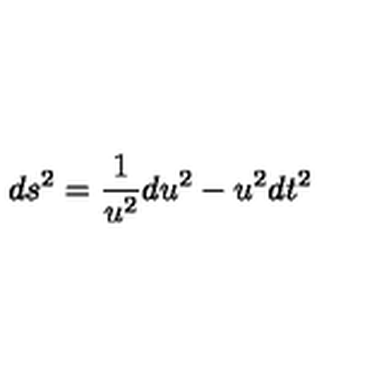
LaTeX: d s ^ { 2 } = \frac { 1 } { u ^ { 2 } } d u ^ { 2 } - u ^ { 2 } d t ^ { 2 }